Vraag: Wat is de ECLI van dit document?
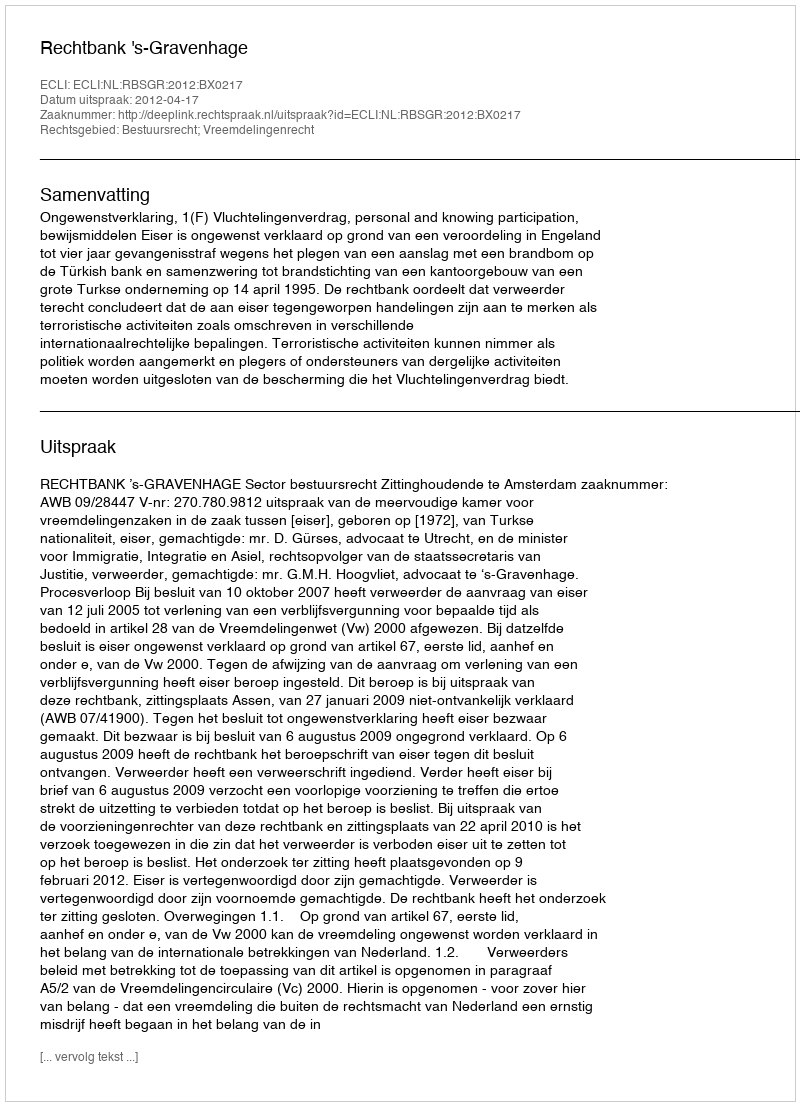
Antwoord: ECLI:NL:RBSGR:2012:BX0217